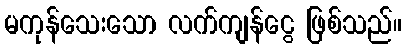
မကုန်သေးသော လက်ကျန်ငွေ ဖြစ်သည်။